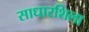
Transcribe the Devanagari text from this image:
साधारशिला